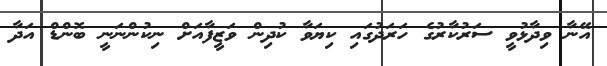
އޭނާ ވިދާޅުވީ ސަރުކާރުގެ ހަރަދުގައި ކިޔަވާ ކުދިން ވަޒީފާއަށް ނިކުންނަނީ ބޮންޑް އަދާ